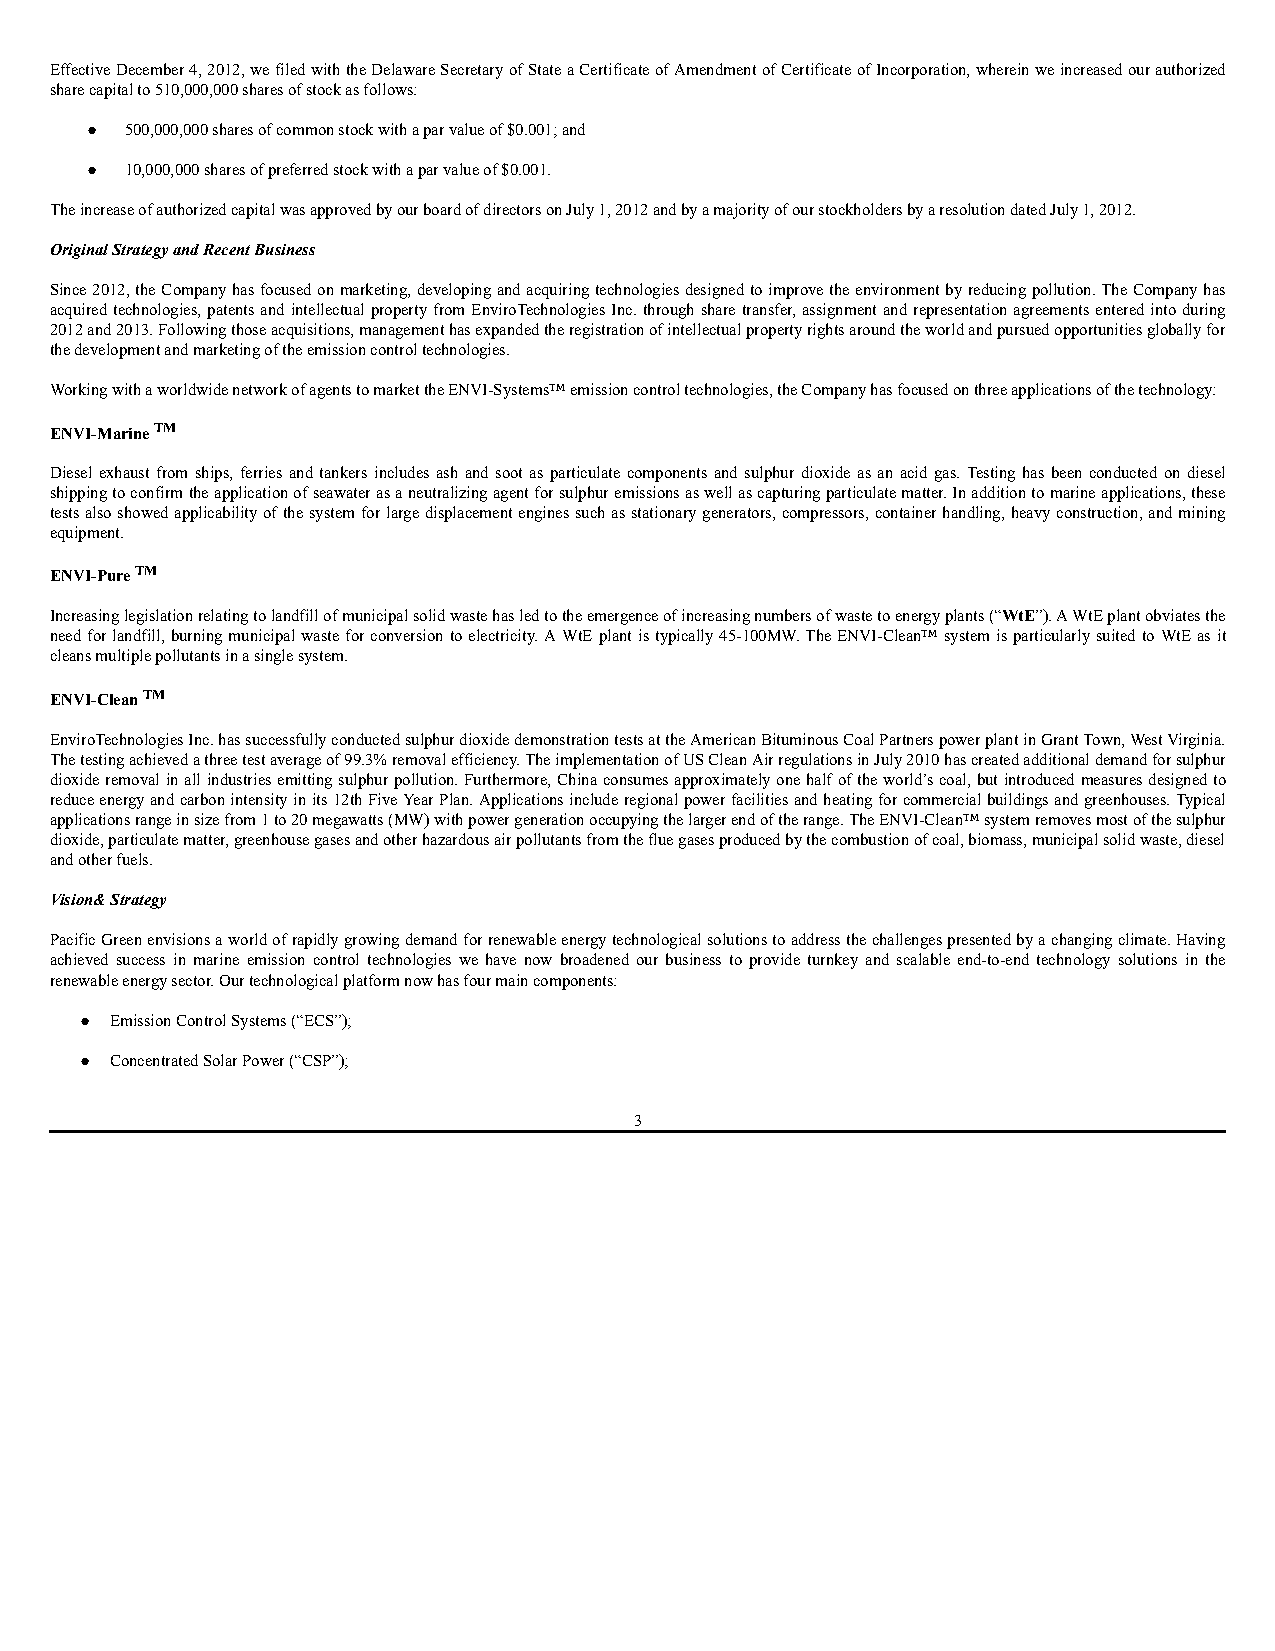
Effective December 4, 2012, we filed with the Delaware Secretary of State a Certificate of Amendment of Certificate of Incorporation, wherein we increased our authorized
 share capital to 510,000,000 shares of stock as follows:
 ● 500,000,000 shares of common stock with a par value of $0.001; and
 ● 10,000,000 shares of preferred stock with a par value of $0.001.
 The increase of authorized capital was approved by our board of directors on July 1, 2012 and by a majority of our stockholders by a resolution dated July 1, 2012.
 Original Strategy and Recent Business
 Since 2012, the Company has focused on marketing, developing and acquiring technologies designed to improve the environment by reducing pollution. The Company has
 acquired technologies, patents and intellectual property from EnviroTechnologies Inc. through share transfer, assignment and representation agreements entered into during
 2012 and 2013. Following those acquisitions, management has expanded the registration of intellectual property rights around the world and pursued opportunities globally for
 the development and marketing of the emission control technologies.
 Working with a worldwide network of agents to market the ENVI-Systems™ emission control technologies, the Company has focused on three applications of the technology:
 ENVI-Marine TM
 Diesel exhaust from ships, ferries and tankers includes ash and soot as particulate components and sulphur dioxide as an acid gas. Testing has been conducted on diesel
 shipping to confirm the application of seawater as a neutralizing agent for sulphur emissions as well as capturing particulate matter. In addition to marine applications, these
 tests also showed applicability of the system for large displacement engines such as stationary generators, compressors, container handling, heavy construction, and mining
 equipment.
 ENVI-Pure TM
 Increasing legislation relating to landfill of municipal solid waste has led to the emergence of increasing numbers of waste to energy plants (“WtE”). A WtE plant obviates the
 need for landfill, burning municipal waste for conversion to electricity. A WtE plant is typically 45-100MW. The ENVI-Clean™ system is particularly suited to WtE as it
 cleans multiple pollutants in a single system.
 ENVI-Clean TM
 EnviroTechnologies Inc. has successfully conducted sulphur dioxide demonstration tests at the American Bituminous Coal Partners power plant in Grant Town, West Virginia.
 The testing achieved a three test average of 99.3% removal efficiency. The implementation of US Clean Air regulations in July 2010 has created additional demand for sulphur
 dioxide removal in all industries emitting sulphur pollution. Furthermore, China consumes approximately one half of the world’s coal, but introduced measures designed to
 reduce energy and carbon intensity in its 12th Five Year Plan. Applications include regional power facilities and heating for commercial buildings and greenhouses. Typical
 applications range in size from 1 to 20 megawatts (MW) with power generation occupying the larger end of the range. The ENVI-Clean™ system removes most of the sulphur
 dioxide, particulate matter, greenhouse gases and other hazardous air pollutants from the flue gases produced by the combustion of coal, biomass, municipal solid waste, diesel
 and other fuels.
 Vision& Strategy
 Pacific Green envisions a world of rapidly growing demand for renewable energy technological solutions to address the challenges presented by a changing climate. Having
 achieved success in marine emission control technologies we have now broadened our business to provide turnkey and scalable end-to-end technology solutions in the
 renewable energy sector. Our technological platform now has four main components:
 ● Emission Control Systems (“ECS”);
 ● Concentrated Solar Power (“CSP”);
 3